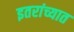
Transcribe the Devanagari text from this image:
इतरांच्यात